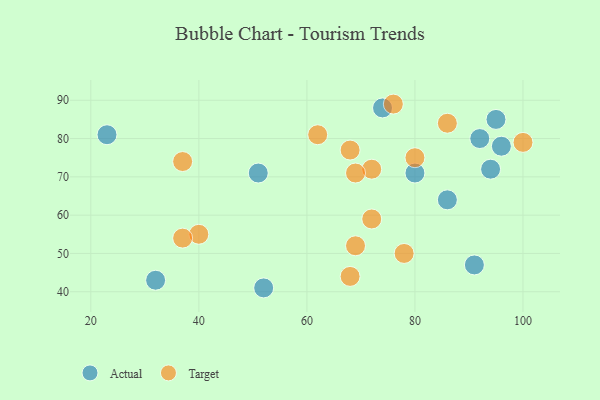
{"axis": {"x": "GDP", "y": "Life Expectancy"}, "legend": ["Actual", "Target"], "data": [{"x": "23", "y": 81, "type": "Actual"}, {"x": "51", "y": 71, "type": "Actual"}, {"x": "94", "y": 72, "type": "Actual"}, {"x": "95", "y": 85, "type": "Actual"}, {"x": "74", "y": 88, "type": "Actual"}, {"x": "80", "y": 71, "type": "Actual"}, {"x": "91", "y": 47, "type": "Actual"}, {"x": "92", "y": 80, "type": "Actual"}, {"x": "96", "y": 78, "type": "Actual"}, {"x": "86", "y": 64, "type": "Actual"}, {"x": "52", "y": 41, "type": "Actual"}, {"x": "32", "y": 43, "type": "Actual"}, {"x": "78", "y": 50, "type": "Target"}, {"x": "80", "y": 75, "type": "Target"}, {"x": "40", "y": 55, "type": "Target"}, {"x": "69", "y": 52, "type": "Target"}, {"x": "100", "y": 79, "type": "Target"}, {"x": "37", "y": 74, "type": "Target"}, {"x": "68", "y": 44, "type": "Target"}, {"x": "37", "y": 54, "type": "Target"}, {"x": "68", "y": 77, "type": "Target"}, {"x": "72", "y": 72, "type": "Target"}, {"x": "86", "y": 84, "type": "Target"}, {"x": "72", "y": 59, "type": "Target"}, {"x": "76", "y": 89, "type": "Target"}, {"x": "69", "y": 71, "type": "Target"}, {"x": "62", "y": 81, "type": "Target"}]}